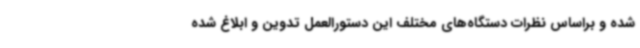
شده و براساس نظرات دستگاه‌های مختلف این دستورالعمل تدوین و ابلاغ شده